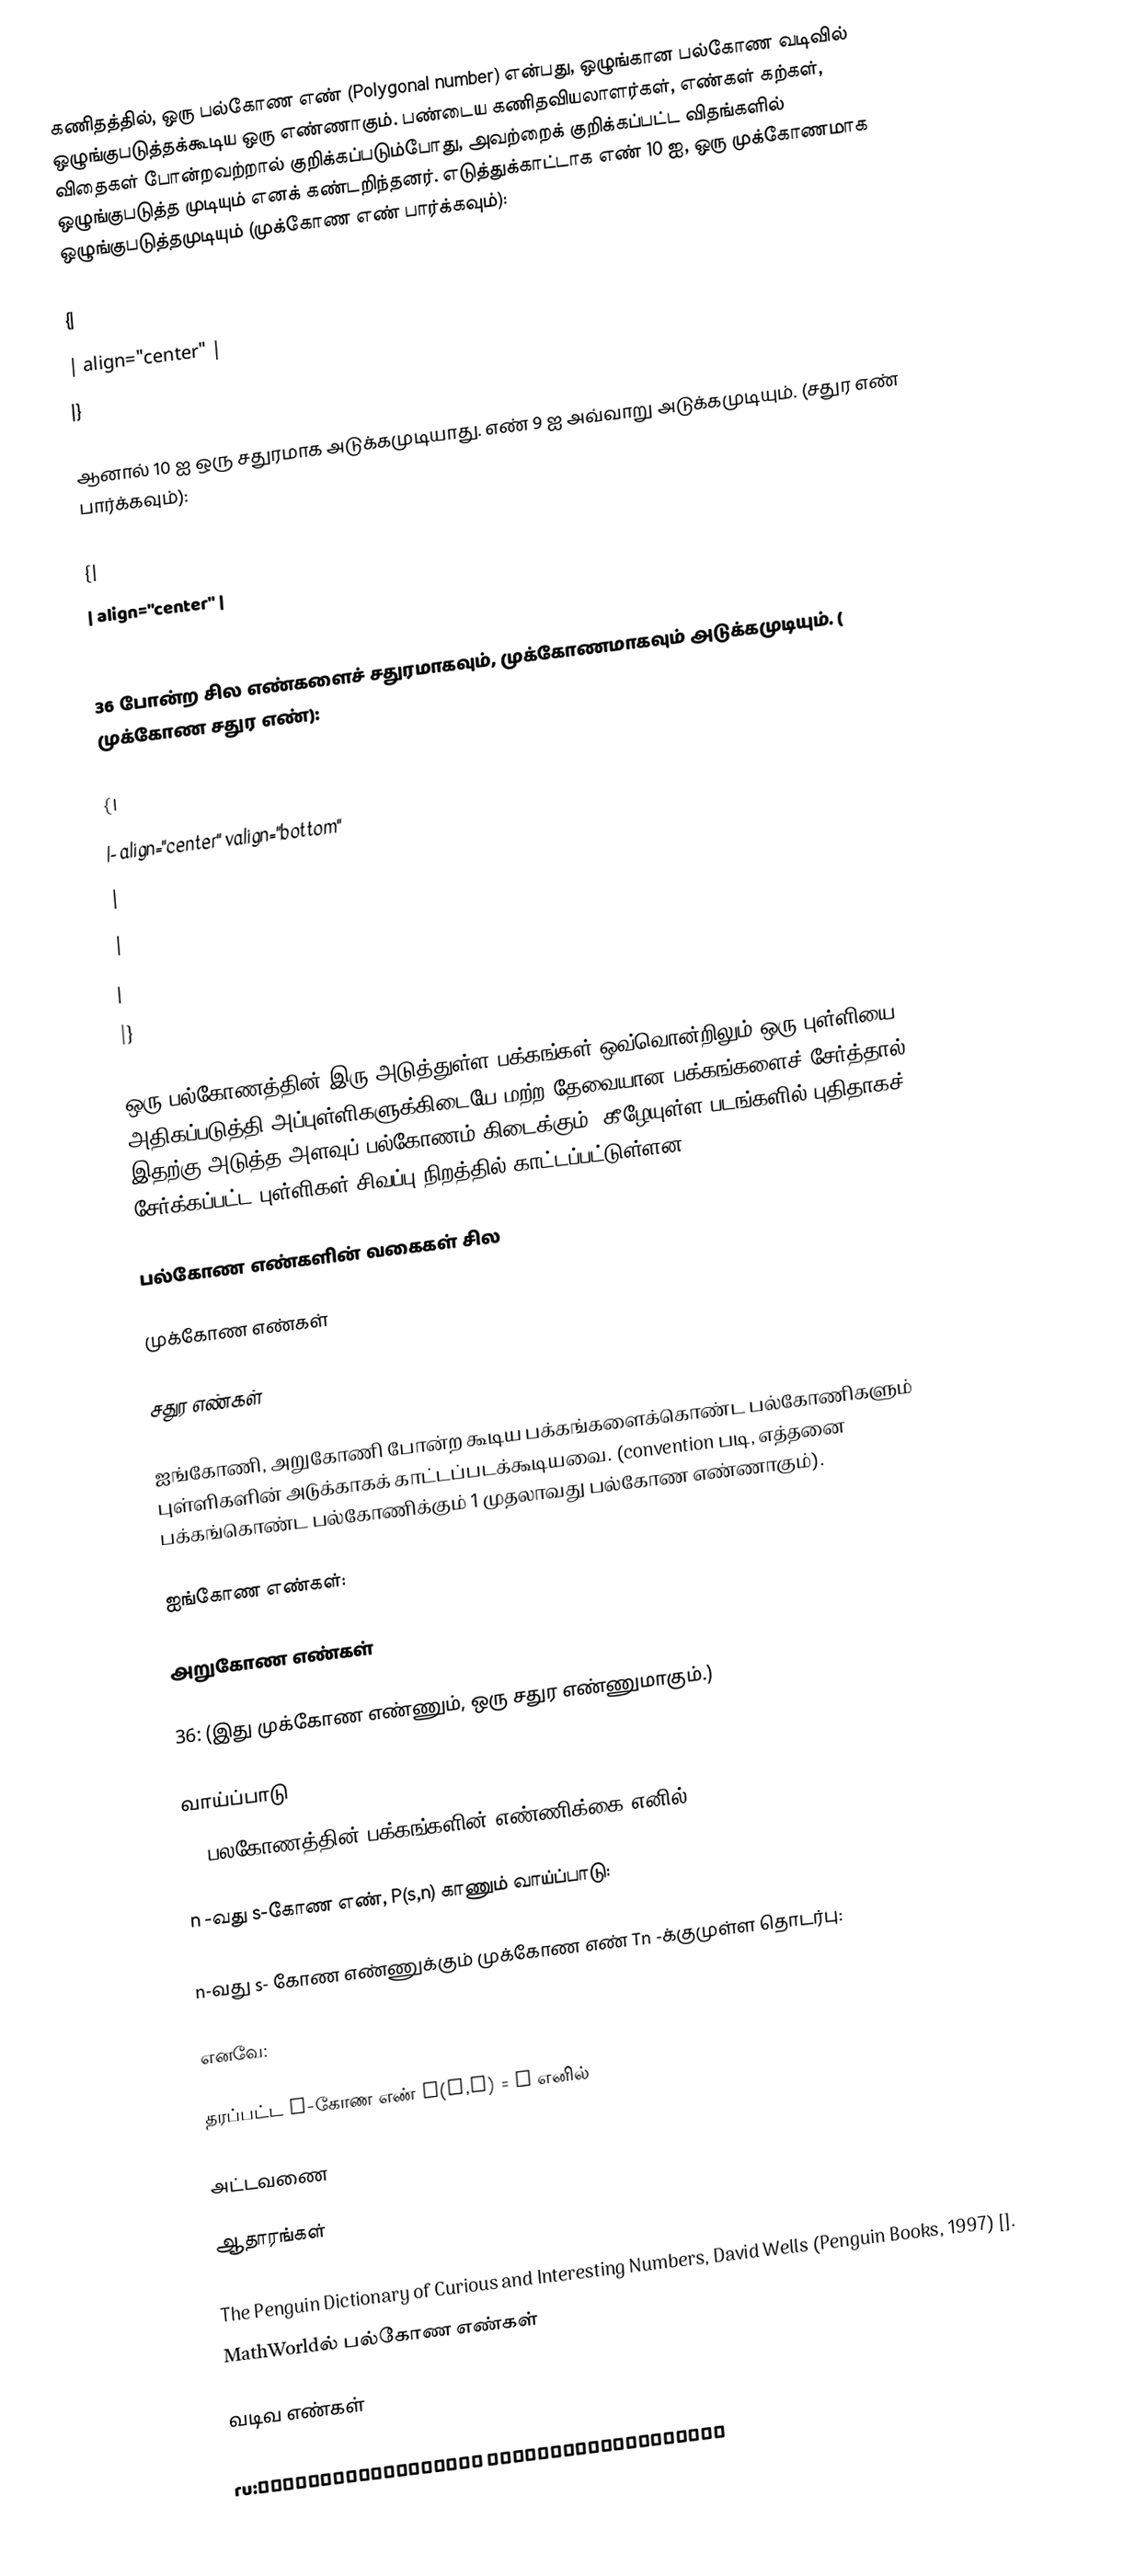
கணிதத்தில், ஒரு பல்கோண எண் (Polygonal number) என்பது, ஒழுங்கான பல்கோண வடிவில் ஒழுங்குபடுத்தக்கூடிய ஒரு எண்ணாகும். பண்டைய கணிதவியலாளர்கள், எண்கள் கற்கள், விதைகள் போன்றவற்றால் குறிக்கப்படும்போது, அவற்றைக் குறிக்கப்பட்ட விதங்களில் ஒழுங்குபடுத்த முடியும் எனக் கண்டறிந்தனர். எடுத்துக்காட்டாக எண் 10 ஐ,  ஒரு முக்கோணமாக ஒழுங்குபடுத்தமுடியும் (முக்கோண எண் பார்க்கவும்):

{|
| align="center" |
|}

ஆனால் 10 ஐ ஒரு சதுரமாக அடுக்கமுடியாது. எண் 9 ஐ அவ்வாறு அடுக்கமுடியும். (சதுர எண் பார்க்கவும்):

{|
| align="center" |
|}

36 போன்ற சில எண்களைச் சதுரமாகவும், முக்கோணமாகவும் அடுக்கமுடியும். ( முக்கோண சதுர எண்):

{|
|- align="center" valign="bottom"
|
|
|
|}

ஒரு பல்கோணத்தின் இரு அடுத்துள்ள பக்கங்கள் ஒவ்வொன்றிலும் ஒரு புள்ளியை அதிகப்படுத்தி அப்புள்ளிகளுக்கிடையே மற்ற தேவையான பக்கங்களைச் சேர்த்தால் இதற்கு அடுத்த அளவுப் பல்கோணம் கிடைக்கும். கீழேயுள்ள படங்களில் புதிதாகச் சேர்க்கப்பட்ட புள்ளிகள் சிவப்பு நிறத்தில் காட்டப்பட்டுள்ளன.

பல்கோண எண்களின் வகைகள் சில

முக்கோண எண்கள்

சதுர எண்கள்

ஐங்கோணி, அறுகோணி போன்ற கூடிய பக்கங்களைக்கொண்ட பல்கோணிகளும் புள்ளிகளின் அடுக்காகக் காட்டப்படக்கூடியவை. (convention படி, எத்தனை பக்கங்கொண்ட பல்கோணிக்கும் 1 முதலாவது பல்கோண எண்ணாகும்).

ஐங்கோண எண்கள்:

அறுகோண எண்கள்

36: (இது முக்கோண எண்ணும்,  ஒரு சதுர எண்ணுமாகும்.)

வாய்ப்பாடு
s -பலகோணத்தின் பக்கங்களின் எண்ணிக்கை எனில்,

n -வது s-கோண எண், P(s,n) காணும் வாய்ப்பாடு:

n-வது s- கோண எண்ணுக்கும் முக்கோண எண் Tn -க்குமுள்ள தொடர்பு:

எனவே:

தரப்பட்ட s-கோண எண் P(s,n) = x எனில்

அட்டவணை

ஆதாரங்கள்

The Penguin Dictionary of Curious and Interesting Numbers, David Wells (Penguin Books, 1997) [].
MathWorldல் பல்கோண எண்கள்

வடிவ எண்கள்

ru:Последовательность двенадцатиугольника